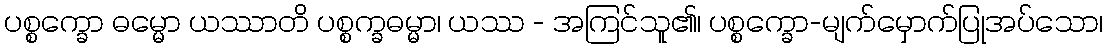
ပစ္စက္ခော ဓမ္မော ယဿာတိ ပစ္စက္ခဓမ္မာ၊ ယဿ - အကြင်သူ၏၊ ပစ္စက္ခော-မျက်မှောက်ပြုအပ်သော၊